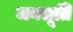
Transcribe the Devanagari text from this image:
जनश्रूति